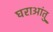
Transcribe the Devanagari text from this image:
घराआंतु